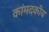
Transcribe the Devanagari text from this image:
कांमदकीय